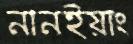
নানইয়াং